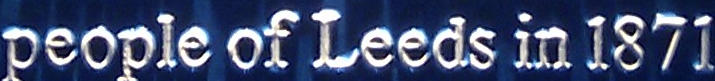
people of leeds in 1871